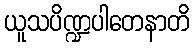
ယူသပိဏ္ဍပါတေနာတိ